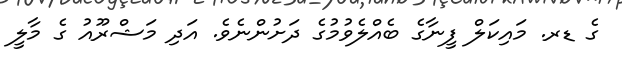
ގެ ޑރ. މައިކަލް ފީނާގެ ބެއްލެވުމުގެ ދަށުންނެވެ. އަދި މަޝްރޫއު ގެ މާލީ